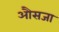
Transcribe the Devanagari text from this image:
औसजा